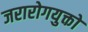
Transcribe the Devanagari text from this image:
जरारोगयुक्तो